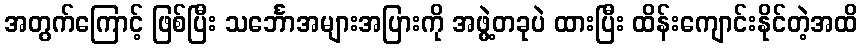
အတွက်ကြောင့် ဖြစ်ပြီး သင်္ဘောအများအပြားကို အဖွဲ့တခုပဲ ထားပြီး ထိန်းကျောင်းနိုင်တဲ့အထိ